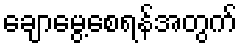
ချောမွေ့စေရန်အတွက်